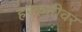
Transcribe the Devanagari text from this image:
हरकतीवर